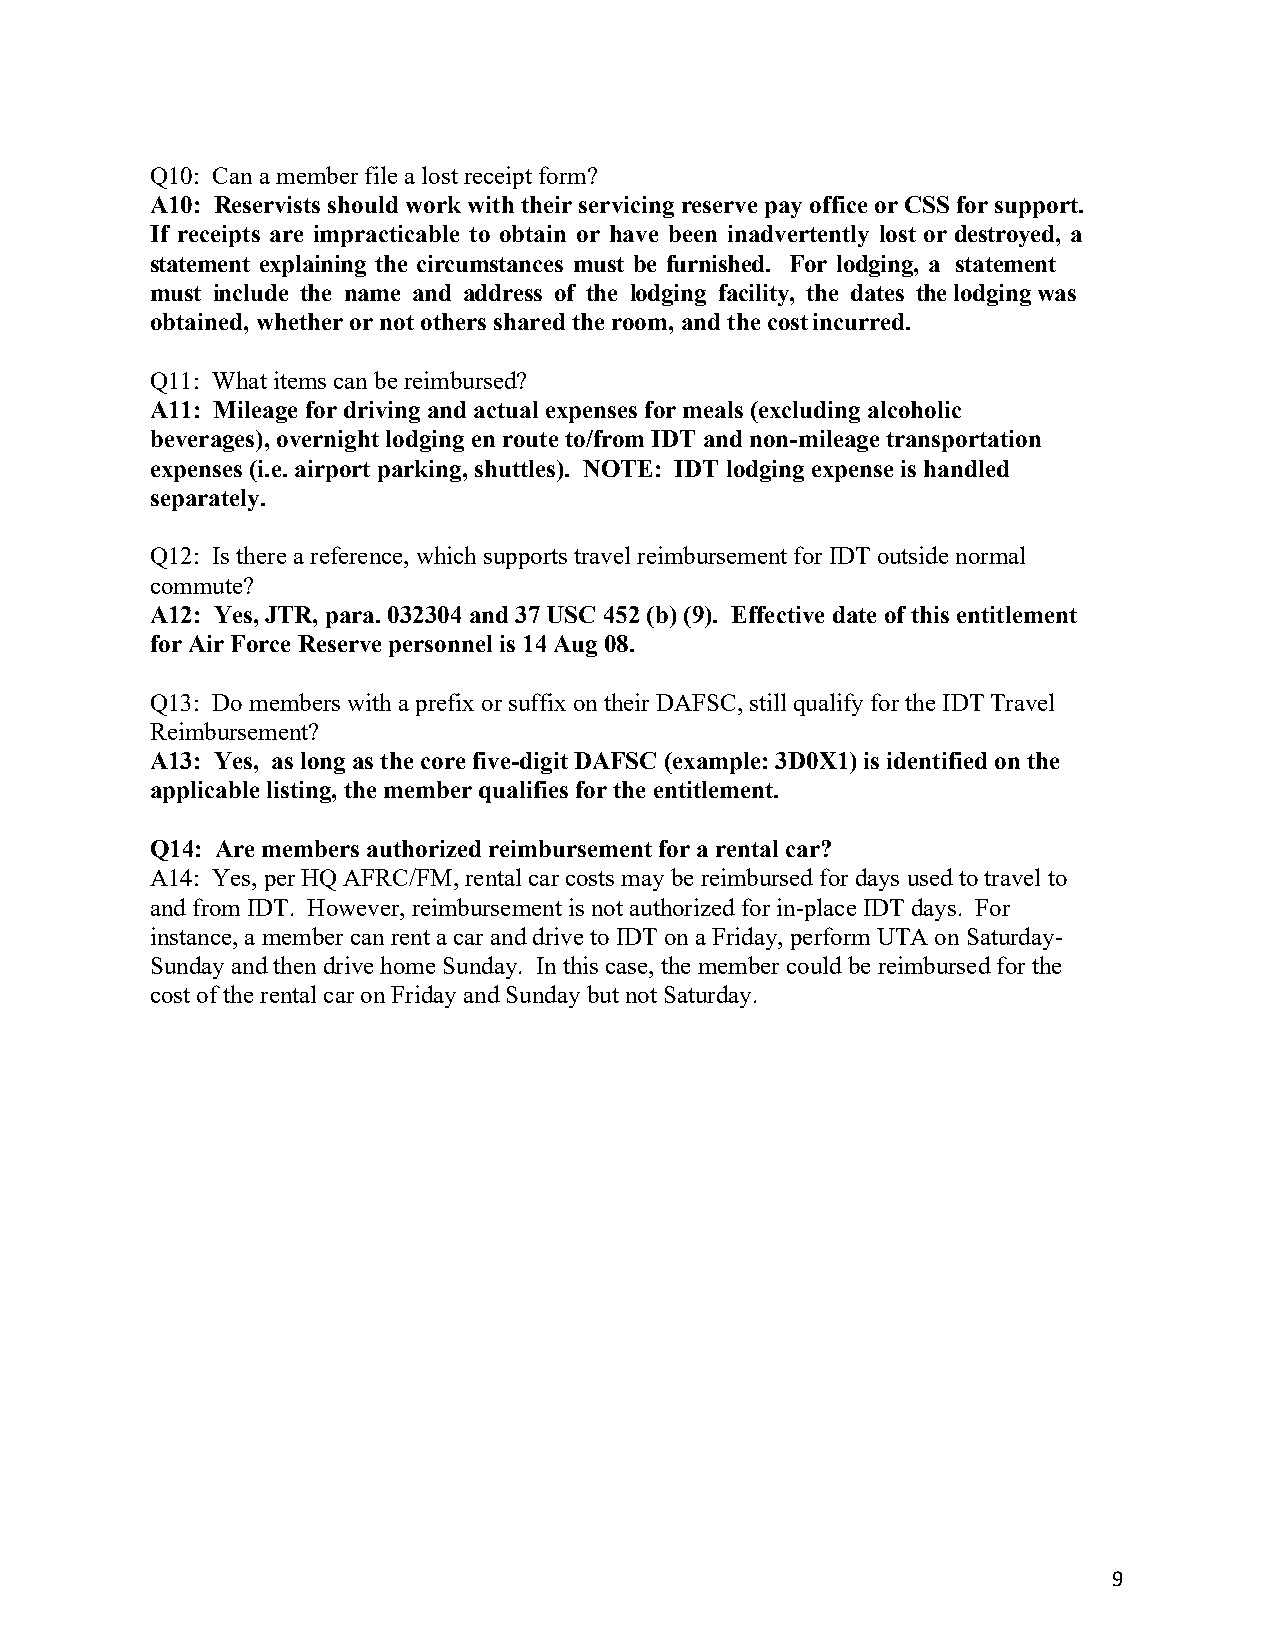
Q10: Can a member file a lost receipt form?
 A10: Reservists should work with their servicing reserve pay office or CSS for support.
 If receipts are impracticable to obtain or have been inadvertently lost or destroyed, a
 statement explaining the circumstances must be furnished. For lodging, a statement
 must include the name and address of the lodging facility, the dates the lodging was
 obtained, whether or not others shared the room, and the cost incurred.
 Q11: What items can be reimbursed?
 A11: Mileage for driving and actual expenses for meals (excluding alcoholic
 beverages), overnight lodging en route to/from IDT and non-mileage transportation
 expenses (i.e. airport parking, shuttles). NOTE: IDT lodging expense is handled
 separately.
 Q12: Is there a reference, which supports travel reimbursement for IDT outside normal
 commute?
 A12: Yes, JTR, para. 032304 and 37 USC 452 (b) (9). Effective date of this entitlement
 for Air Force Reserve personnel is 14 Aug 08.
 Q13: Do members with a prefix or suffix on their DAFSC, still qualify for the IDT Travel
 Reimbursement?
 A13: Yes, as long as the core five-digit DAFSC (example: 3D0X1) is identified on the
 applicable listing, the member qualifies for the entitlement.
 Q14: Are members authorized reimbursement for a rental car?
 A14: Yes, per HQ AFRC/FM, rental car costs may be reimbursed for days used to travel to
 and from IDT. However, reimbursement is not authorized for in-place IDT days. For
 instance, a member can rent a car and drive to IDT on a Friday, perform UTA on Saturday-
 Sunday and then drive home Sunday. In this case, the member could be reimbursed for the
 cost of the rental car on Friday and Sunday but not Saturday.
 9